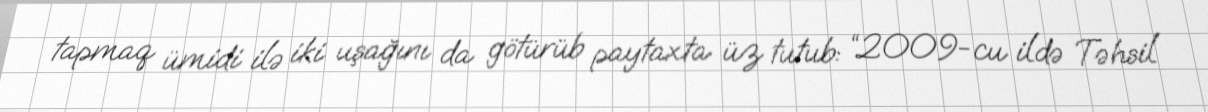
tapmaq ümidi ilə iki uşağını da götürüb paytaxta üz tutub: “2009-cu ildə Təhsil